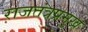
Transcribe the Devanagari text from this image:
राजतंत्रप्रमुख